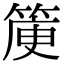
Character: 𥯯